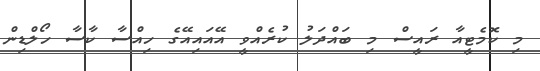
މި ކޮމެޓީއާ ރައީސް މި ބައްދަލު ކުރެއްވީ އޭއައިއޭގެ ހިއްސާ ކާސާ ހޯލްޑިން